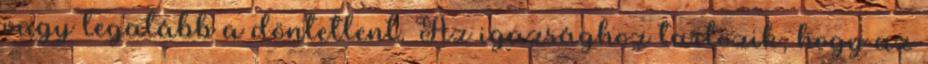
vagy legalább a döntetlent. Az igazsághoz tartozik, hogy az